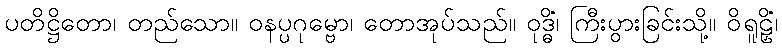
ပတိဋ္ဌိတော၊ တည်သော။ ဝနပ္ပဂုမ္ဗော၊ တောအုပ်သည်။ ဝုဒ္ဓိံ၊ ကြီးပွားခြင်းသို့။ ဝိရူဠှိံ၊